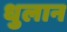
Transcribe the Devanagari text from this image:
धुलान